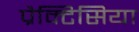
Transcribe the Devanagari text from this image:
प्रैक्टिसिया